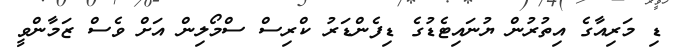
ޑި މަރިއާގެ އިތުރުން ޔުނައިޓެޑުގެ ޑިފެންޑަރު ކްރިސް ސްމޯލިން އަށް ވެސް ޒަމާންވީ